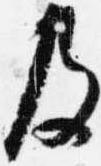
及